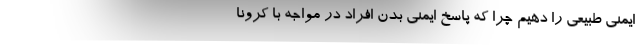
ایمنی طبیعی را دهیم چرا که پاسخ ایمنی بدن افراد در مواجه با کرونا